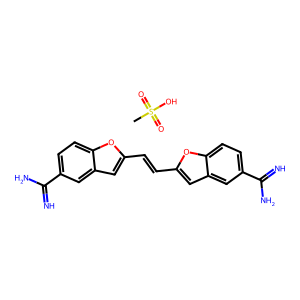
SMILES: CS(=O)(=O)O.N=C(N)c1ccc2oc(C=Cc3cc4cc(C(=N)N)ccc4o3)cc2c1
Inhibits HIV replication: No